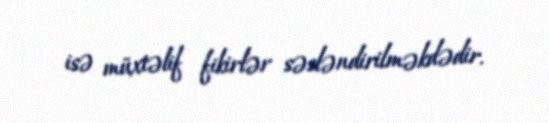
isə müxtəlif fikirlər səsləndirilməkdədir.